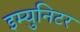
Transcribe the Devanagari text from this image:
इम्युनिटर